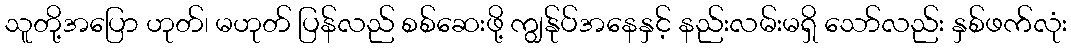
သူတို့အပြော ဟုတ်၊ မဟုတ် ပြန်လည် စစ်ဆေးဖို့ ကျွန်ုပ်အနေနှင့် နည်းလမ်းမရှိ သော်လည်း နှစ်ဖက်လုံး